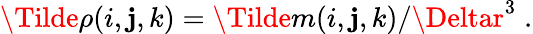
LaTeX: \Tilde{\rho}(i,\mathbf{j},k)=\Tilde{m}(i,\mathbf{j},k)/\Deltar^{3}\; .